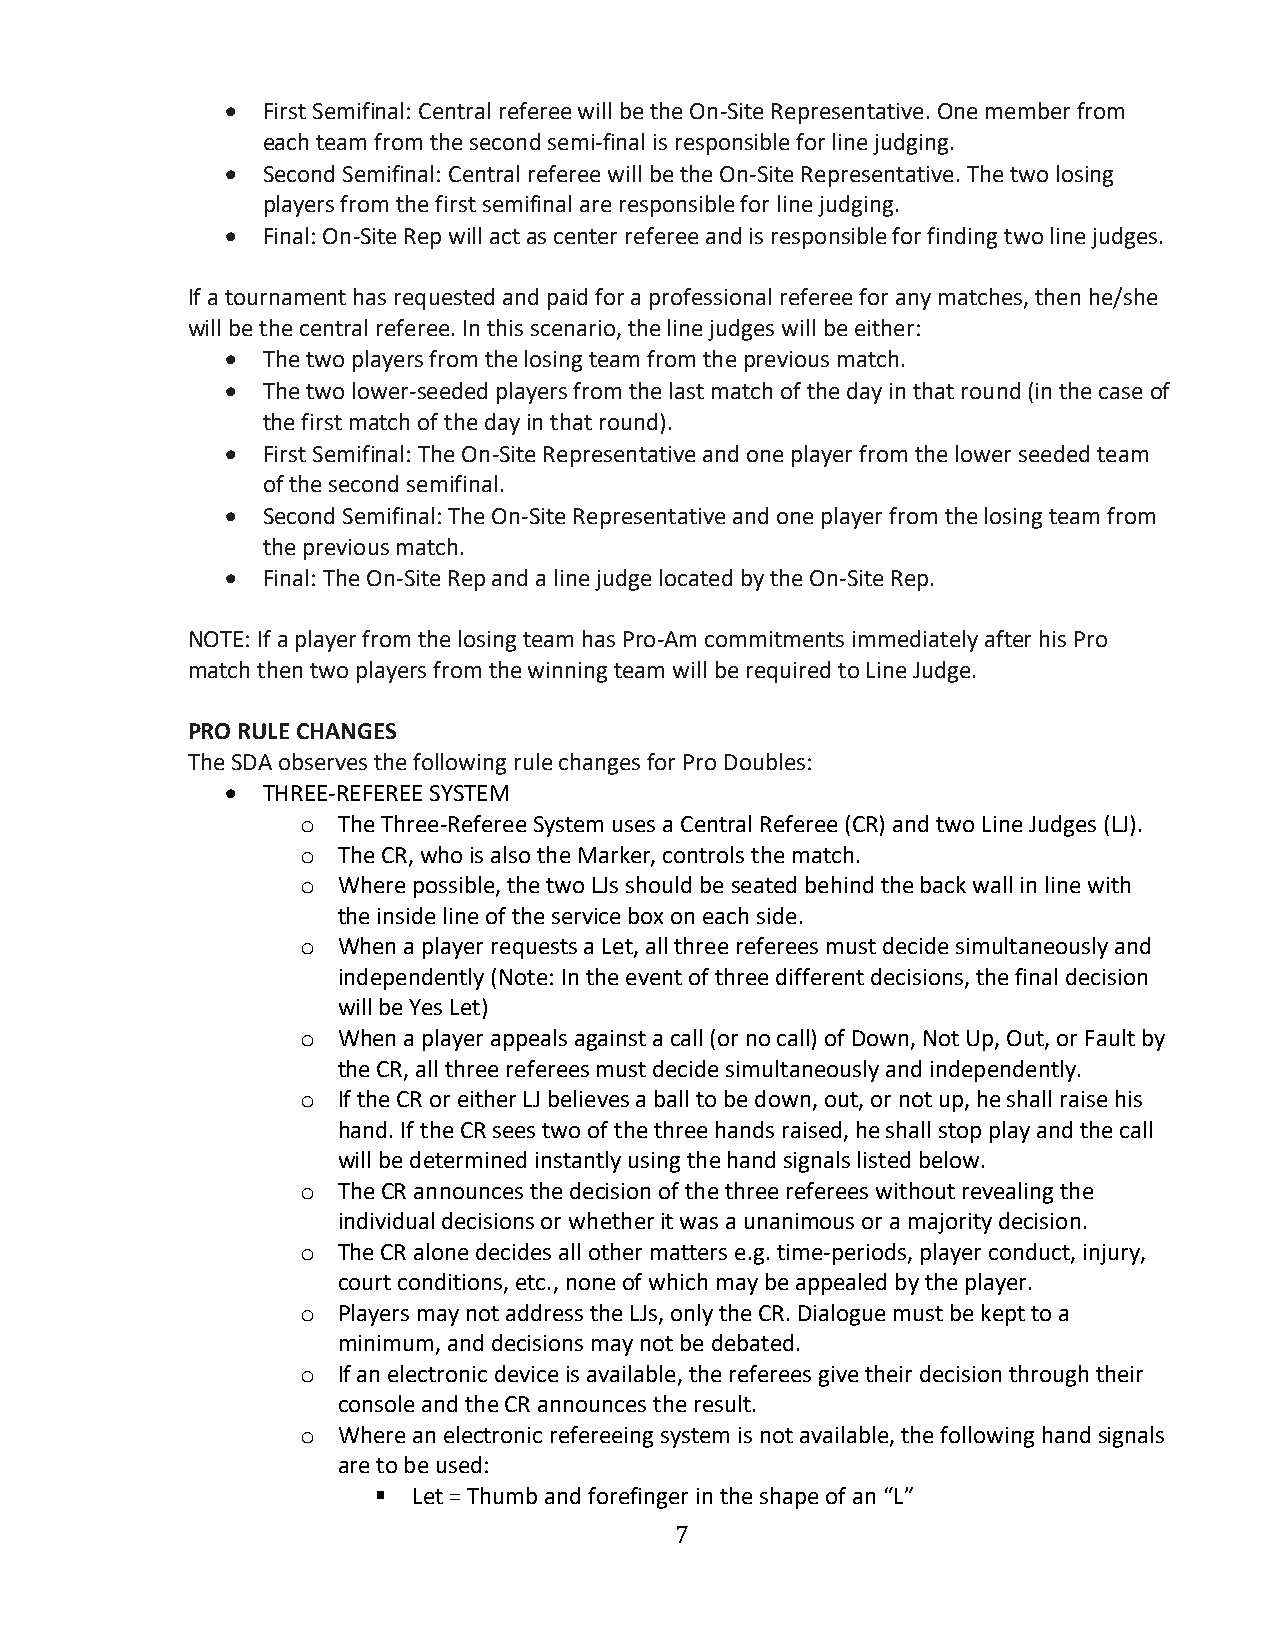
• First Semifinal: Central referee will be the On-Site Representative. One member from
 each team from the second semi-final is responsible for line judging.
 • Second Semifinal: Central referee will be the On-Site Representative. The two losing
 players from the first semifinal are responsible for line judging.
 • Final: On-Site Rep will act as center referee and is responsible for finding two line judges.
 If a tournament has requested and paid for a professional referee for any matches, then he/she
 will be the central referee. In this scenario, the line judges will be either:
 • The two players from the losing team from the previous match.
 • The two lower-seeded players from the last match of the day in that round (in the case of
 the first match of the day in that round).
 • First Semifinal: The On-Site Representative and one player from the lower seeded team
 of the second semifinal.
 • Second Semifinal: The On-Site Representative and one player from the losing team from
 the previous match.
 • Final: The On-Site Rep and a line judge located by the On-Site Rep.
 NOTE: If a player from the losing team has Pro-Am commitments immediately after his Pro
 match then two players from the winning team will be required to Line Judge.
 PRO RULE CHANGES
 The SDA observes the following rule changes for Pro Doubles:
 • THREE-REFEREE SYSTEM
 o The Three-Referee System uses a Central Referee (CR) and two Line Judges (LJ).
 o The CR, who is also the Marker, controls the match.
 o Where possible, the two LJs should be seated behind the back wall in line with
 the inside line of the service box on each side.
 o When a player requests a Let, all three referees must decide simultaneously and
 independently (Note: In the event of three different decisions, the final decision
 will be Yes Let)
 o When a player appeals against a call (or no call) of Down, Not Up, Out, or Fault by
 the CR, all three referees must decide simultaneously and independently.
 o If the CR or either LJ believes a ball to be down, out, or not up, he shall raise his
 hand. If the CR sees two of the three hands raised, he shall stop play and the call
 will be determined instantly using the hand signals listed below.
 o The CR announces the decision of the three referees without revealing the
 individual decisions or whether it was a unanimous or a majority decision.
 o The CR alone decides all other matters e.g. time-periods, player conduct, injury,
 court conditions, etc., none of which may be appealed by the player.
 o Players may not address the LJs, only the CR. Dialogue must be kept to a
 minimum, and decisions may not be debated.
 o If an electronic device is available, the referees give their decision through their
 console and the CR announces the result.
 o Where an electronic refereeing system is not available, the following hand signals
 are to be used:
 § Let = Thumb and forefinger in the shape of an “L”
 7